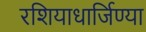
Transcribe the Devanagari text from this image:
रशियाधार्जिण्या